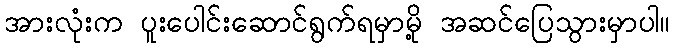
အားလုံးက ပူးပေါင်းဆောင်ရွက်ရမှာမို့ အဆင်ပြေသွားမှာပါ။